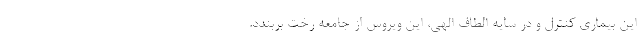
این بیماری کنترل و در سایه الطاف الهی، این ویروس از جامعه رخت بربندد.